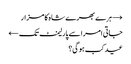
→ ہرے بھرے شاہ کا مزار
جاتی امرا سے پارلیمنٹ تک ←
عید کب ہوگی؟